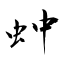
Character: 蚛